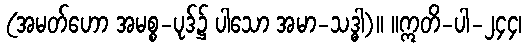
(အမတ်ဟော အမစ္စ-ပုဒ်၌ ပါသော အမာ-သဒ္ဓါ)။ ။ဣတိ-ပါ-၂၄၄၊